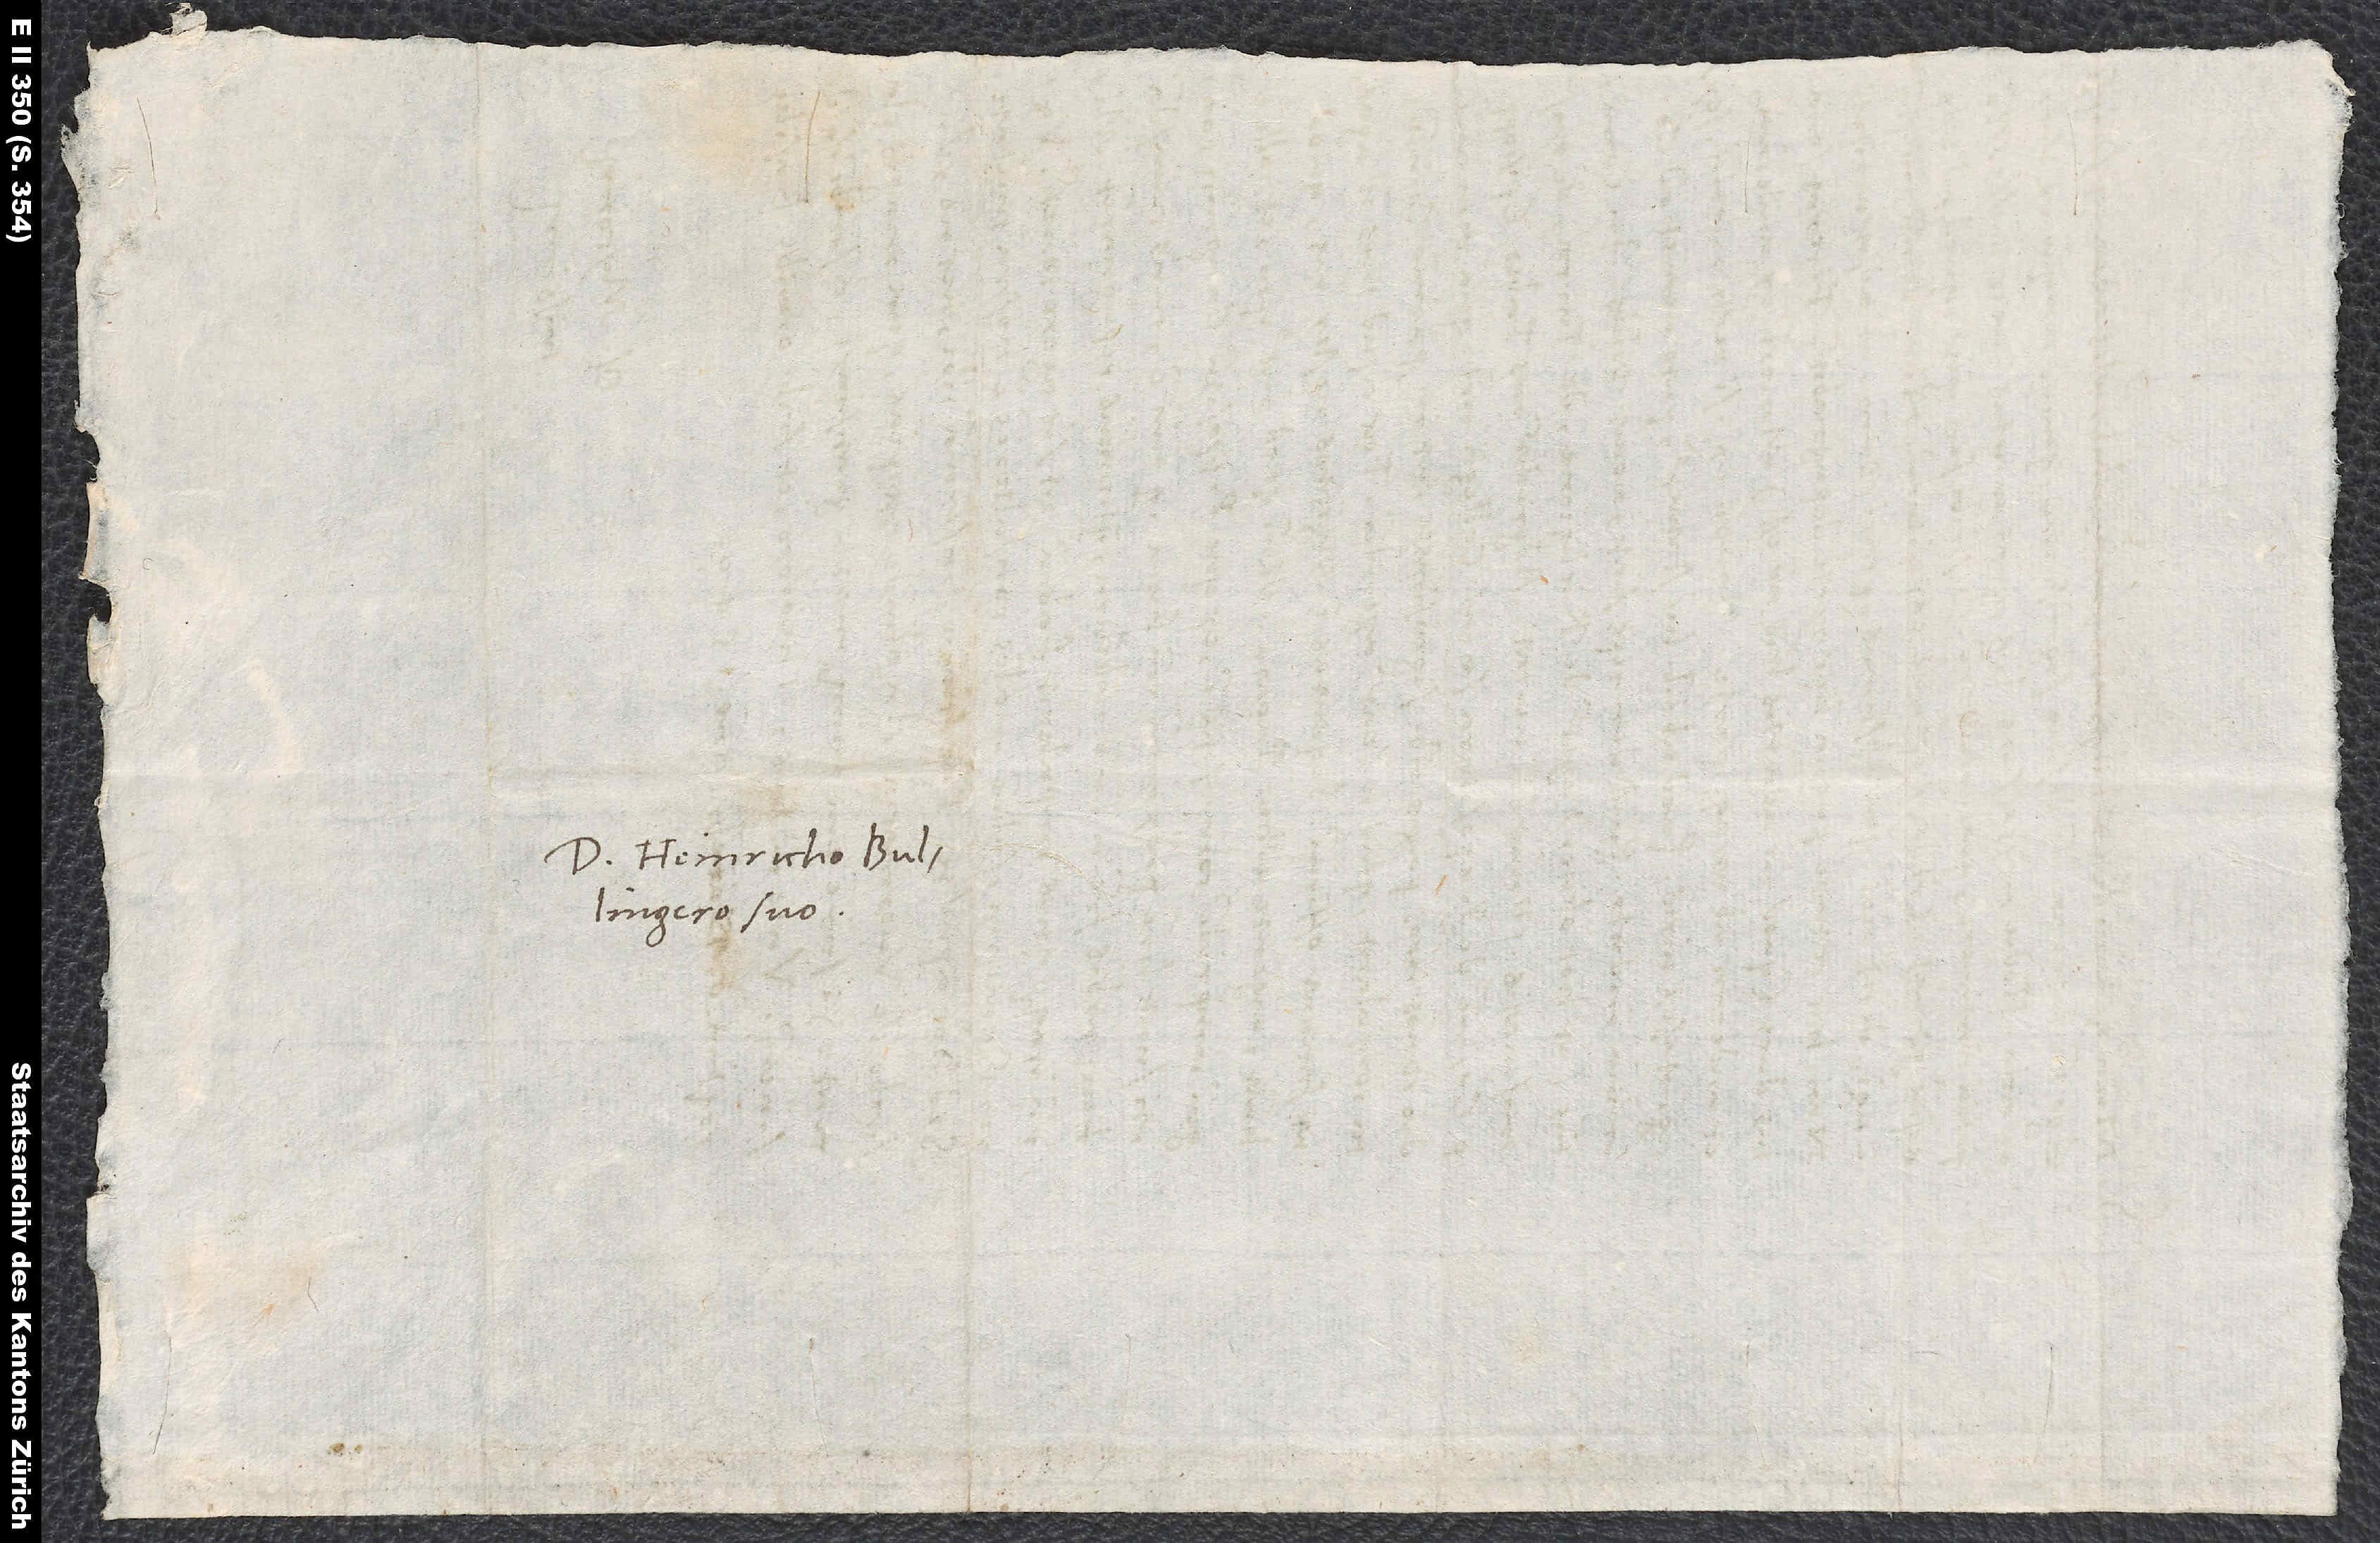
Domino Heinricho Bullingero